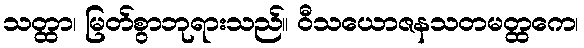
သတ္ထာ၊ မြတ်စွာဘုရားသည်။ ဝီသယောဇနသတမတ္ထကေ၊